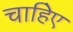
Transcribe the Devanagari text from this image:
चाहिेए